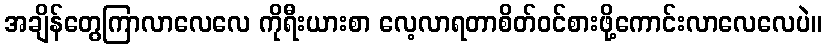
အချိန်တွေကြာလာလေလေ ကိုရီးယားစာ လေ့လာရတာစိတ်ဝင်စားဖို့ကောင်းလာလေလေပဲ။